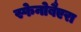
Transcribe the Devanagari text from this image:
स्फेनोबैएरा